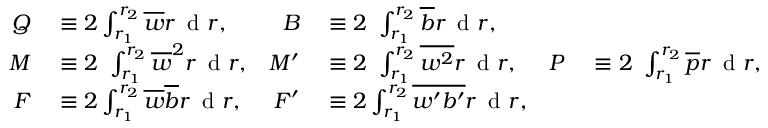
\begin{array} { r l r l r l } { Q } & { { } \equiv 2 \int _ { r _ { 1 } } ^ { r _ { 2 } } \overline { { w } } r \, \textnormal { d } r , } & { B } & { { } \equiv 2 \ \int _ { r _ { 1 } } ^ { r _ { 2 } } \overline { { b } } r \, \textnormal { d } r , } & { } & { { } } \\ { M } & { { } \equiv 2 \ \int _ { r _ { 1 } } ^ { r _ { 2 } } \overline { { w } } ^ { 2 } r \, \textnormal { d } r , } & { M ^ { \prime } } & { { } \equiv 2 \ \int _ { r _ { 1 } } ^ { r _ { 2 } } \overline { { w ^ { 2 } } } r \, \textnormal { d } r , } & { P } & { { } \equiv 2 \ \int _ { r _ { 1 } } ^ { r _ { 2 } } \overline { { p } } r \, \textnormal { d } r , } \\ { F } & { { } \equiv 2 \int _ { r _ { 1 } } ^ { r _ { 2 } } \overline { { w } } \overline { { b } } r \, \textnormal { d } r , } & { F ^ { \prime } } & { { } \equiv 2 \int _ { r _ { 1 } } ^ { r _ { 2 } } \overline { { w ^ { \prime } b ^ { \prime } } } r \, \textnormal { d } r , } & { } & { { } } \end{array}